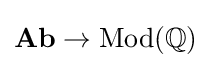
\mathbf {Ab} \to \operatorname {Mod} ({\mathbb {Q}})